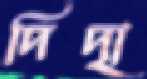
দিদৃা